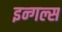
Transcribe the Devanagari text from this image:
इन्गल्स